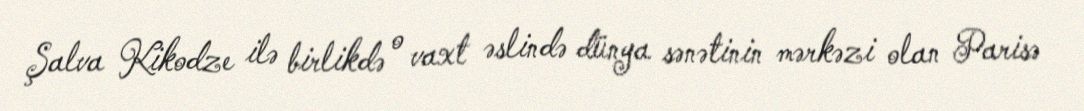
Şalva Kikodze ilə birlikdə o vaxt əslində dünya sənətinin mərkəzi olan Parisə